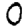
Digit: 0